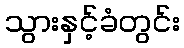
သွားနှင့်ခံတွင်း